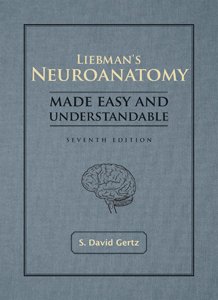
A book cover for Liebmans Neuroanatomy Made Easy &Understandable 7th ed; S. David Gertz; Medical Books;